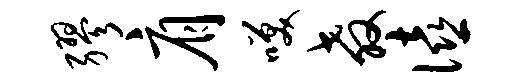
缪肩笑教僖